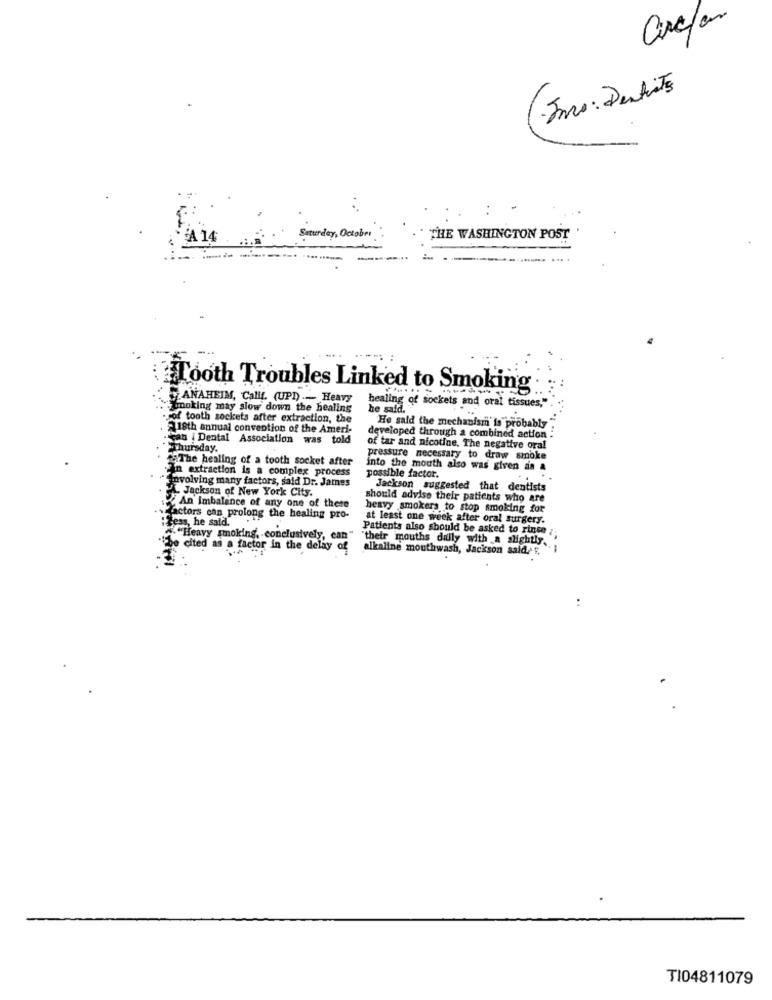
Circ/an
Euro: Dentists
A 14
Saturday, October
THE WASHINGTON POST
.....
---.
.............. ....
Tooth Troubles Linked to Smoking
ANAHEIM, Calif. (UPD) .- Heavy
moking may slow down the healing
healing of sockets and oral tissues,"
he said.
Fof tooth sockets after extraction, the
18th annual convention of the Ameri-
He sald the mechanism is probably
can : Dental Association was told
developed through a combined action
Thursday.
of tar and nicotine. The negative oral
"The healing of a tooth socket after
pressure necessary to draw smoke
into the mouth also was given an &
In extraction is a complex process
possible factor.
involving many factors, said Dr. James
Jackson suggested that dentists
Jackson of New York City.
should advise their patients who are
An imbalance of any one of thete
heavy smokers to stop smoking for
factors can prolong the healing pro-
Less, he said.
at least one week after oral surgery.
Patients also should be asked to rinse ;
""Heavy smoking, conclusively, can" "their mouths dilly with a slightly.
cited as a factor in the delay of
alkaline mouthwash, Jackson said,' E.
TI04811079